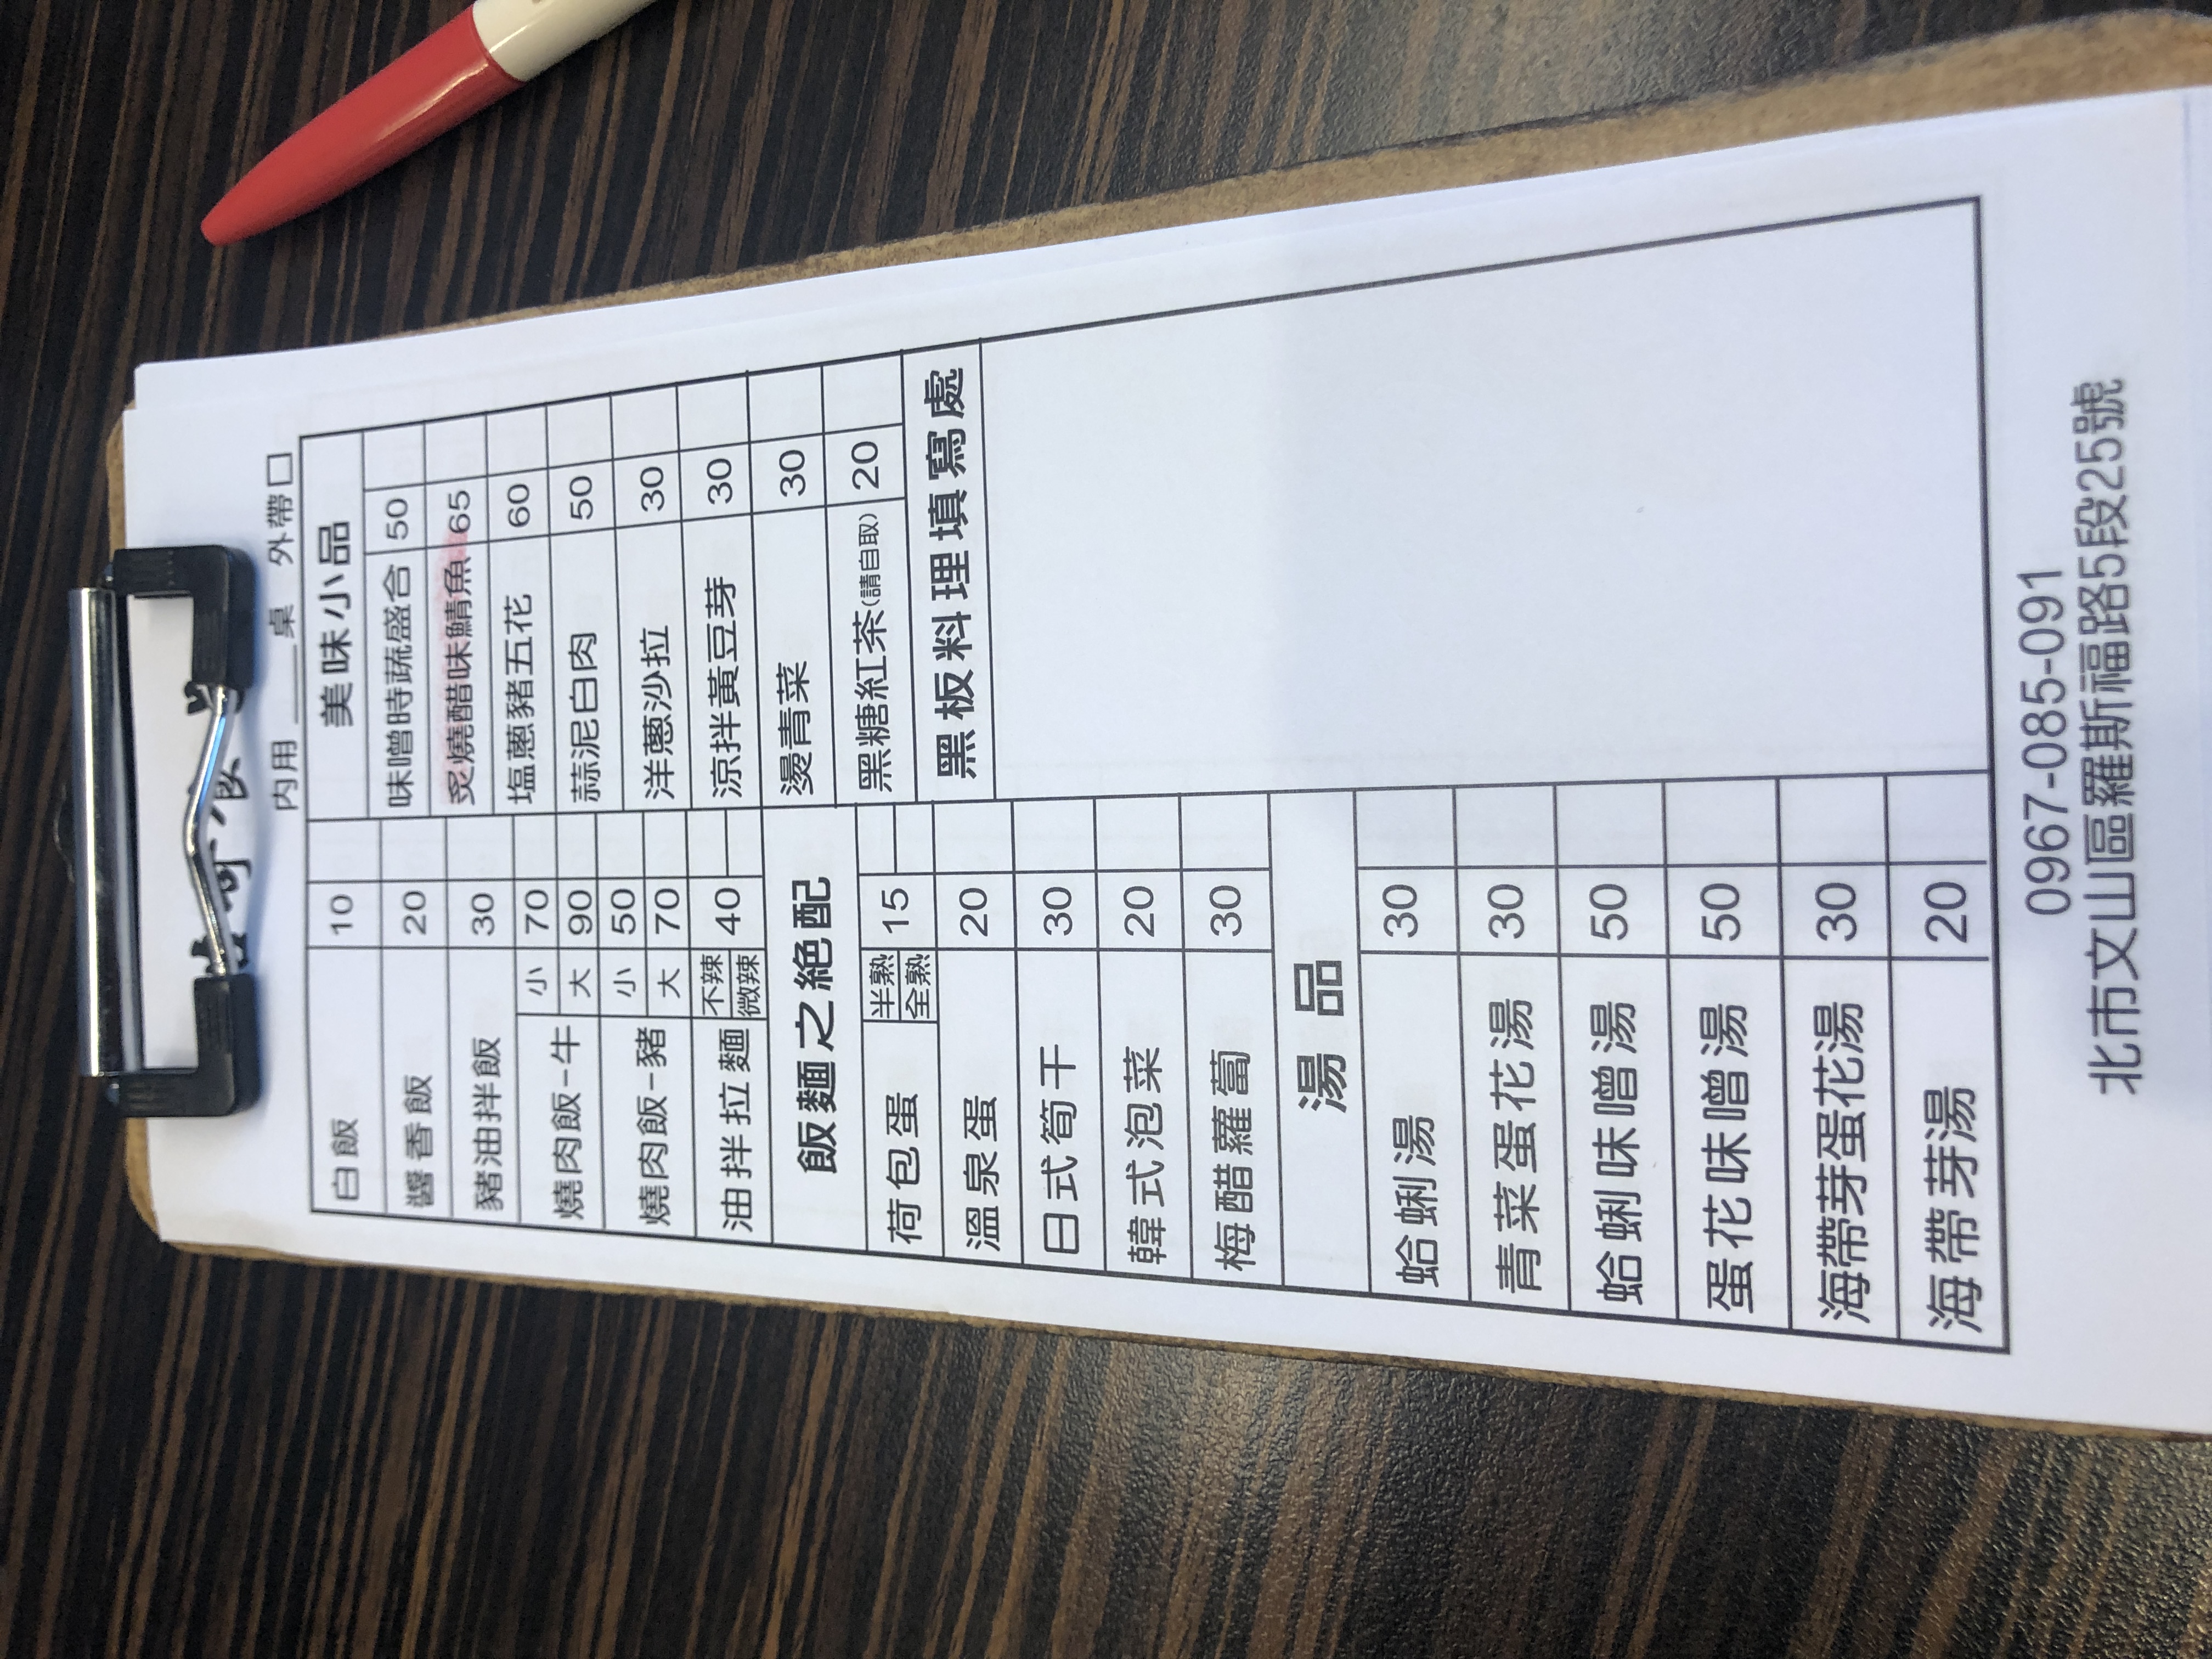
地址：北市文山區羅斯福路5段25號
電話：0967-085-091
菜單：
name: 白飯
price: 10
name: 醬香飯
price: 20
name: 豬油拌飯
price: 30
name: 燒肉飯-牛小
price: 70
name: 燒肉飯-牛大
price: 90
name: 燒肉飯-豬小
price: 50
name: 燒肉飯-豬大
price: 70
name: 油拌拉麵不辣
price: 40
name: 油拌拉麵微辣
price: 40
name: 荷包蛋半熟
price: 15
name: 荷包蛋全熟
price: 15
name: 溫泉蛋
price: 20
name: 日式筍干
price: 30
name: 韓式泡菜
price: 20
name: 梅醋蘿蔔
price: 20
name: 蛤蜊湯
price: 30
name: 青菜蛋花湯
price: 30
name: 蛤蜊味噌湯
price: 50
name: 蛋花味噌湯
price: 50
name: 海帶芽蛋花湯
price: 30
name: 海帶芽湯
price: 20
name: 味噌時蔬盛合
price: 50
name: 炙燒醋味鯖魚
price: 65
name: 塩蔥豬五花
price: 60
name: 蒜泥白肉
price: 50
name: 洋蔥沙拉
price: 30
name: 涼拌黃豆芽
price: 30
name: 燙青菜
price: 30
name: 黑糖紅茶
price: 20